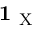
\textbf { 1 } _ { \mathrm { X } }